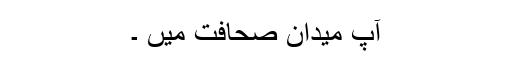
آپ میدانِ صحافت میں ۔